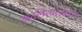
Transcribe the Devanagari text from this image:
शब्दनित्यत्वावर